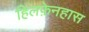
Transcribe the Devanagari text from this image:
हिलफ़ेनहास